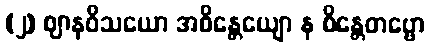
(၂) ဈာနဝိသယော အစိန္တေယျော န စိန္တေတဗ္ဗော